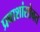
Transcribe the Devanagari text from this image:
प्रवाशांसोबत